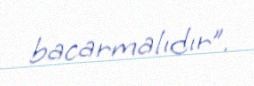
bacarmalıdır”.